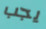
يجب